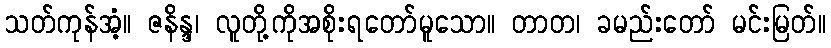
သတ်ကုန်အံ့။ ဇနိန္ဒ၊ လူတို့ကိုအစိုးရတော်မူသော။ တာတ၊ ခမည်းတော် မင်းမြတ်။